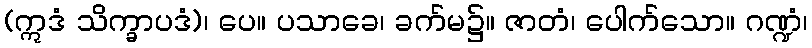
(ဣဒံ သိက္ခာပဒံ)၊ ပေ။ ပသာခေ၊ ခက်မ၌။ ဇာတံ၊ ပေါက်သော။ ဂဏ္ဍံ၊